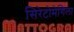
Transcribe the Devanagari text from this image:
सिरेटोमेगिला